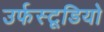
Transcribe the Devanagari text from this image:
उर्फस्टूडियो